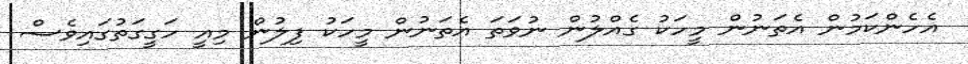
އެހެންކަމުން އެތަނުން މީހަކު ގެއްލުން ނުވަތަ އެތަނުން މީހަކު ފިލުން މިއީ ހަގީގަތުގައިވެސް